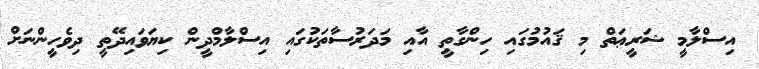
އިސްލާމީ ޝަރީޢަތް މި ޤައުމުގައި ހިންގާތީ އާއި މަދަރުސާތަކުގައި އިސްލާމްދީން ކިޔަވައިދޭތީ ދިވެހީންނަށް